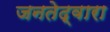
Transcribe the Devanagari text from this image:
जनतेद्वारा